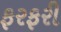
ફરફરી